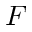
F